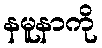
နမူနာကို